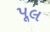
પૂલ